Punjab Mental Hospital Lahore 1922-31 - 1922-1931
Year: 1922
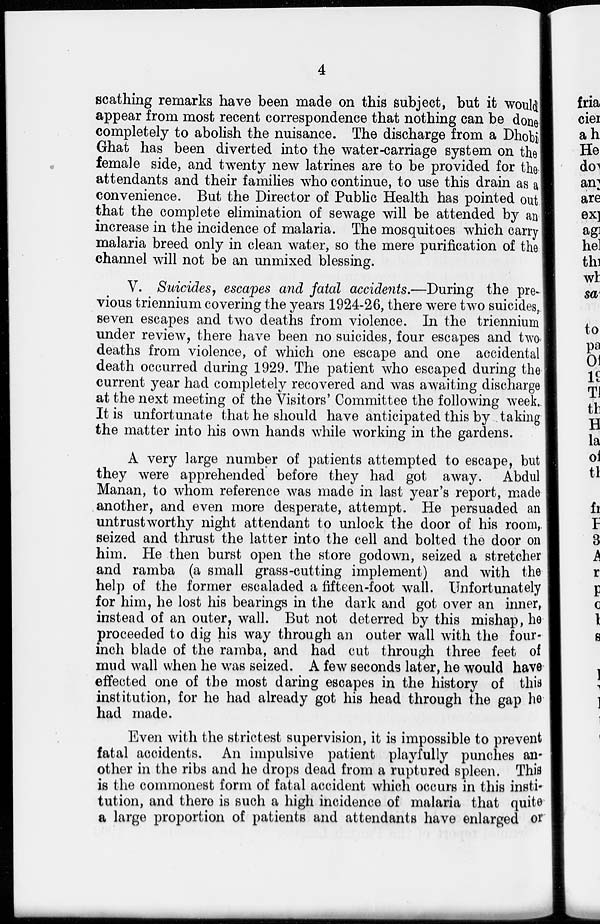
4
scathing remarks have been made on this subject, but it would
appear from most recent correspondence that nothing can be done
completely to abolish the nuisance. The discharge from a Dhobi
Ghat has been diverted into the water-carriage system on the
female side, and twenty new latrines are to be provided for the
attendants and their families who continue, to use this drain as a
convenience. But the Director of Public Health has pointed out
that the complete elimination of sewage will be attended by an
increase in the incidence of malaria. The mosquitoes which carry
malaria breed only in clean water, so the mere purification of the
channel will not be an unmixed blessing.
V. Suicides, escapes and fatal accidents.—During the pre-
vious triennium covering the years 1924-26, there were two suicides,
seven escapes and two deaths from violence. In the triennium
under review, there have been no suicides, four escapes and two
deaths from violence, of which one escape and one accidental
death occurred during 1929. The patient who escaped during the
current year had completely recovered and was awaiting discharge
at the next meeting of the Visitors' Committee the following week.
It is unfortunate that he should have anticipated this by taking
the matter into his own hands while working in the gardens.
A very large number of patients attempted to escape, but
they were apprehended before they had got away. Abdul
Manan, to whom reference was made in last year's report, made
another, and even more desperate, attempt. He persuaded an
untrustworthy night attendant to unlock the door of his room,
seized and thrust the latter into the cell and bolted the door on
him. He then burst open the store godown, seized a stretcher
and ramba (a small grass-cutting implement) and with the
help of the former escaladed a fifteen-foot wall. Unfortunately
for him, he lost his bearings in the dark and got over an inner,
instead of an outer, wall. But not deterred by this mishap, he
proceeded to dig his way through an outer wall with the four-
inch blade of the ramba, and had cut through three feet of
mud wall when he was seized. A few seconds later, he would have
effected one of the most daring escapes in the history of this
institution, for he had already got his head through the gap he
had made.
Even with the strictest supervision, it is impossible to prevent
fatal accidents. An impulsive patient playfully punches an-
other in the ribs and he drops dead from a ruptured spleen. This
is the commonest form of fatal accident which occurs in this insti-
tution, and there is such a high incidence of malaria that quite
a large proportion of patients and attendants have enlarged or